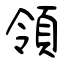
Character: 領